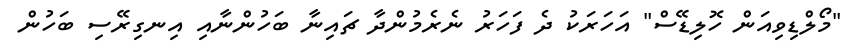
"މޯލްޑިވިއަން ހޮލިޑޭސް" އަހަރަކު ދެ ފަހަރު ނެރެމުންދާ ޗައިނާ ބަހުންނާއި އިނގިރޭސި ބަހުން